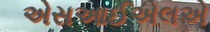
એસઆઈએલએ